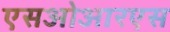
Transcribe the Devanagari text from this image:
एसओआरएस